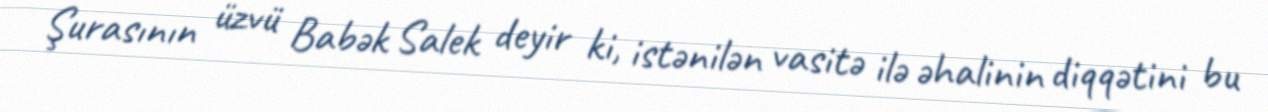
Şurasının üzvü Babək Salek deyir ki, istənilən vasitə ilə əhalinin diqqətini bu